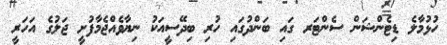
ހުޅުމާލެ ޑިޓެންޝަން ސެންޓަރ ގައި ބަންދުގައި ހުރި ބިދޭސީއަކު ނިޔާވެއްޖެމާފުށީ ޖަލުގެ އަހަރީ